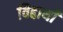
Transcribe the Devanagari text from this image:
विद्दार्थी